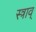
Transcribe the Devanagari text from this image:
स्त्राव्